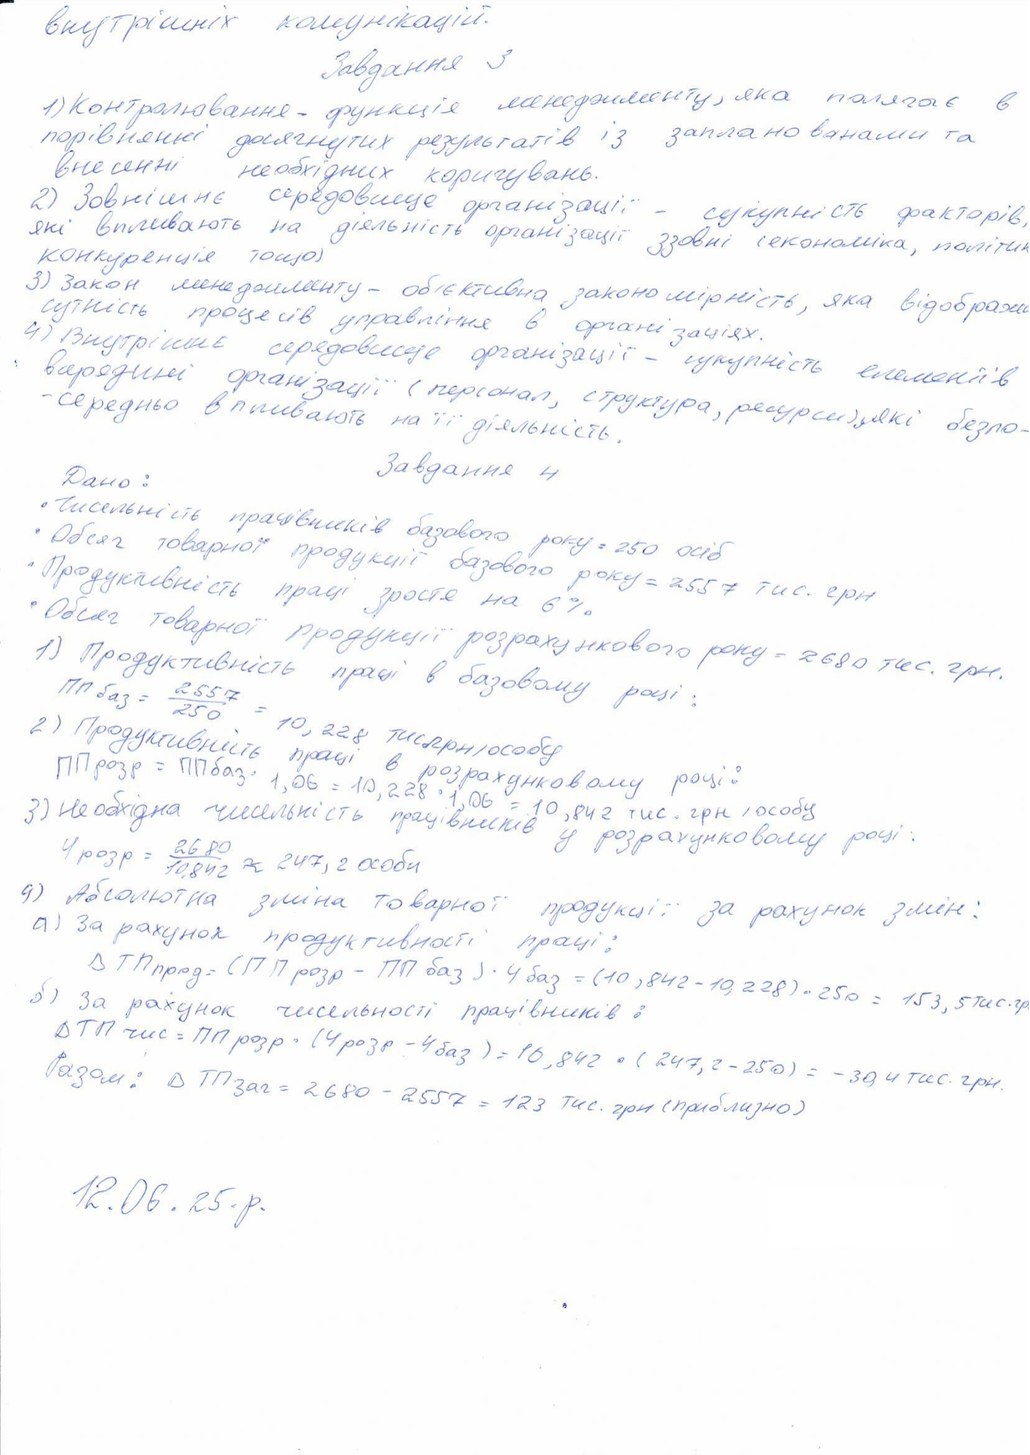
внутрішніх комунікацій.
Завдання 3
1) Контролювання - функція менеджменту, яка полягає в
порівнянні досягнутих результатів із запланованими та
внесенні необхідних коригувань.
2) Зовнішнє середовище організації - сукупність факторів,
які впливають на діяльність організації ззовні (економіка, політик
конкуренція тощо)
3) Закон менеджменту - об'єктивна закономірність яка відобража
сутність процесів управління в організації.
4) Внутрішнє середовище організації - сукупність елементів
всередині організації (персонал, структура,ресурси)які безпо-
-середньо впливають на її діяльність.
Завдання 4
Дано:
· Чисельність працевників базового року=250 осіб
· Обсяг товарної продукції базового року=2557 тис.грн
• Продуктивність праці зросте на 6%.
· Обсяг  товарної продукції розрахункового року=2680 тис.грн.
1) Продуктивність правці в базовому році:
ПП баз=2557/2509=10,228 тисгрн/особу
Продуктивність праці в розрахунковому році:
3) Необхідна чисельність працівників у розрахунковому році:
ПП розр=ПП баз ‧ 1,06=10.228 ‧ 1,06=10,842 тис.грн/особу
Ч розр = 2680 / 10,842 ≈ 247,2 особи
4) Абсолютна зміна товарної продукції за рахунок змін:
а) за рахунок продуктивності праці:
Δ ТП прод = (ПП розр - ПП баз) ‧ Ч баз = (10,842 - 10,228) ‧ 250 = 153,5 тис.грн.
5) За рахунок чисельності працівників:
Δ ТП чис = ПП розр ‧ (Ч розр - Ч баз) = 10,842 ‧ (247,2 - 250) = -30,4 тис. грн.
Разом: Δ ТП заг = 2680 - 2557=123 тис.грн (приблизно)
12.06.25.р.